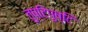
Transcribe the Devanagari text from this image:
तुष्टिपुष्टि